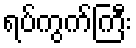
ရပ်ကွက်ကြီး